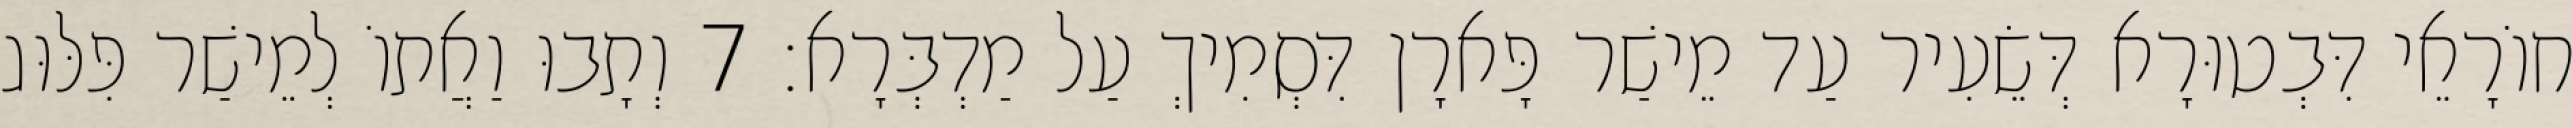
חוֹרָאֵי דִּבְטוּרָא דְּשֵׂעִיר עַד מֵישַׁר פָּארָן דִּסְמִיךְ עַל מַדְבְּרָא׃ 7 וְתָבוּ וַאֲתוֹ לְמֵישַׁר פִּלּוּג